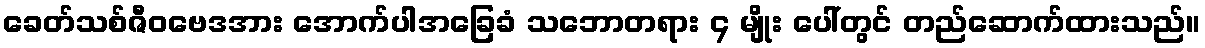
ခေတ်သစ်ဇီဝဗေဒအား အောက်ပါအခြေခံ သဘောတရား ၄ မျိုး ပေါ်တွင် တည်ဆောက်ထားသည်။